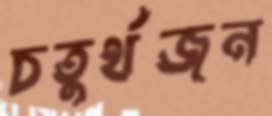
চতুর্থজন